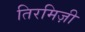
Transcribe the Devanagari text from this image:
तिरमिज़ी